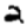
Digit: 2